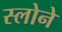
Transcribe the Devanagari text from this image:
स्‍लोने